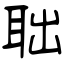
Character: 聉